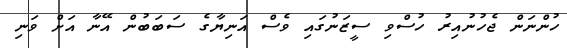
ހުންނަން ޖެހުނުއިރު ހުސްވި ސީޒަނުގައި ވެސް އަނިޔާގެ ސަބަބުން އޭނާ އަށް ވަނި